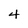
Character: 4